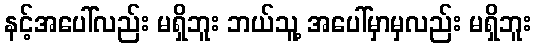
နင့်အပေါ်လည်း မရှိဘူး ဘယ်သူ့ အပေါ်မှာမှလည်း မရှိဘူး